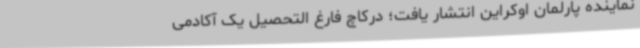
نماینده پارلمان اوکراین انتشار یافت؛ درکاچ فارغ التحصیل یک آکادمی